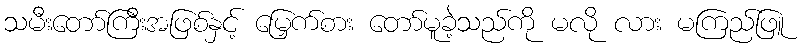
သမီးတော်ကြီးအဖြစ်နှင့် မြှေက်စား တော်မူခဲ့သည်ကို မလို လား မကြည်ဖြူ